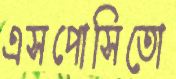
এসপোসিতো